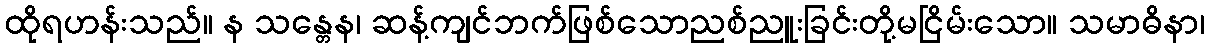
ထိုရဟန်းသည်။ န သန္တေန၊ ဆန့်ကျင်ဘက်ဖြစ်သောညစ်ညူးခြင်းတို့မငြိမ်းသော။ သမာဓိနာ၊